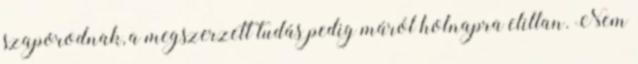
szaporodnak, a megszerzett tudás pedig máról holnapra elillan. Nem